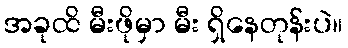
အခုထိ မီးဖိုမှာ မီး ရှိနေတုန်းပဲ။